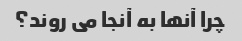
چرا آنها به آنجا می روند؟